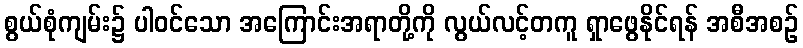
စွယ်စုံကျမ်း၌ ပါဝင်သော အကြောင်းအရာတို့ကို လွယ်လင့်တကူ ရှာဖွေနိုင်ရန် အစီအစဉ်